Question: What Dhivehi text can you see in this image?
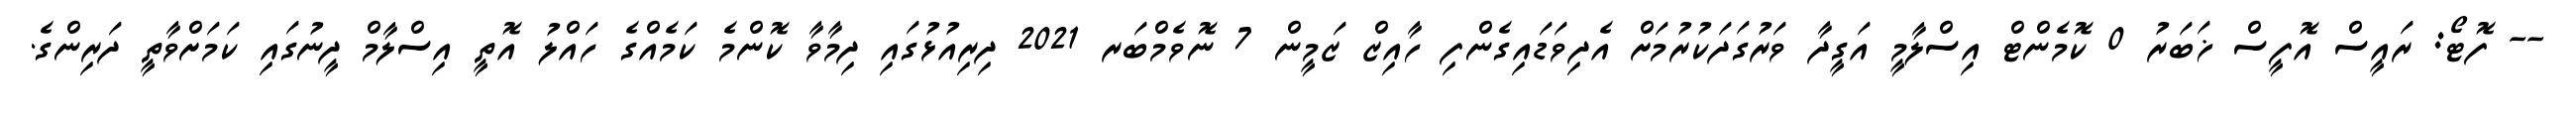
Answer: -- ފޮޓޯ: ރައީސް އޮފީސް ޚަބަރު 0 ކޮމެންޓް އިސްލާމީ އަގީދާ ވަރުގަދަކުރުމަށް އެދިވަޑައިގެންފި ހާއިޒް ޒަމީން 7 ނޮވެމްބަރ 2021 ދިރިއުޅުގައި ދިމާވާ ކޮންމެ ކަމެއްގެ ހައްލު އޮތީ އިސްލާމް ދީނުގައި ކަމަށްވާތީ ދަރިންގެ.